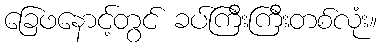
ခြေဖနောင့်တွင် ခပ်ကြီးကြီးတစ်လုံး။